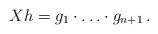
LaTeX: \begin{align*}X h = g_1 \cdot \ldots \cdot g_{n+1} \,.\end{align*}